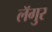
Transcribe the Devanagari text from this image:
लॅगुर